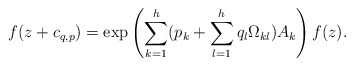
\begin{align*}f(z+c_{q,p})=\exp\left({\sum_{k=1}^h(p_k+\sum_{l=1}^h q_l\Omega_{kl})A_k}\right)f(z).\end{align*}